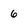
Character: 6